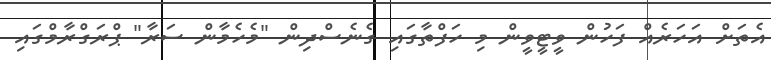
އެތަށް އަހަރެއް ފަހުން ވީޓީވީން މި ހަފްތާގައި ގެނެސްދިން "މެހެމާން ސަރާ" ޕްރަގްރާމްގައި